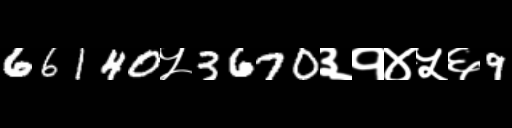
Text: 66140५3670३१४५६9